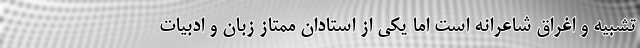
تشبیه و اغراق شاعرانه است اما یکی از استادان ممتاز زبان و ادبیات